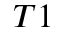
_ { T 1 }